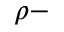
\rho -